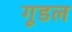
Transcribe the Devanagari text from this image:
गूडल